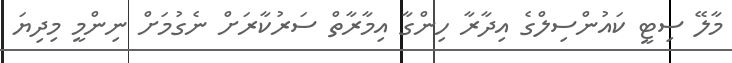
މާލޭ ސިޓީ ކައުންސިލްގެ އިދާރާ ހިންގާ އިމާރާތް ސަރުކާރަށް ނެގުމަށް ނިންމީ މިދިޔަ